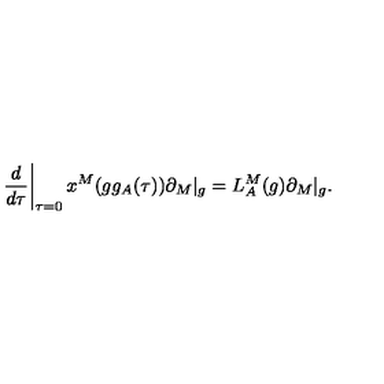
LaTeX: \left. \frac { d } { d \tau } \right| _ { \tau = 0 } x ^ { M } ( g g _ { A } ( \tau ) ) \partial _ { M } | _ { g } = L _ { A } ^ { M } ( g ) \partial _ { M } | _ { g } .